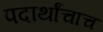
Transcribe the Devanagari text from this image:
पदार्थांचाच